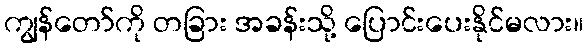
ကျွန်တော်ကို တခြား အခန်းသို့ ပြောင်းပေးနိုင်မလား။